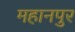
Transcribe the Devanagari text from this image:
महानपुर